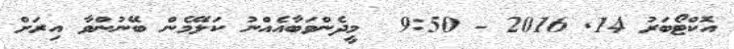
އޮކްޓޯބަރު 14